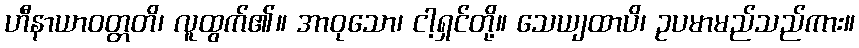
ဟီနာယာဝတ္တတိ၊ လူထွက်၏။ အာဝုသော၊ ငါ့ရှင်တို့။ သေယျထာပိ၊ ဥပမာမည်သည်ကား။